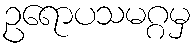
ဥရောပသမဂ္ဂမှ